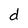
Character: d